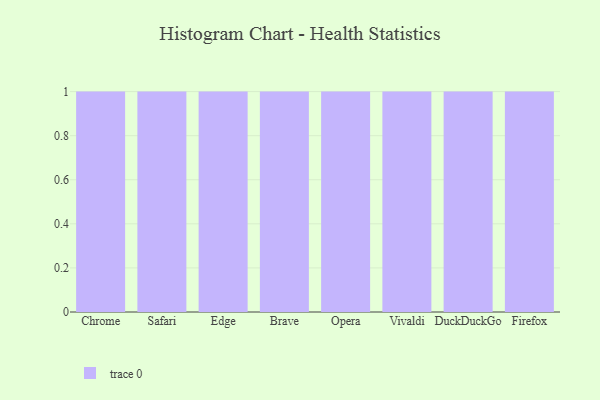
{"axis": {"x": "Browser", "y": "Demand Index"}, "legend": [""], "data": [{"x": "Chrome", "y": 4, "type": ""}, {"x": "Safari", "y": 19, "type": ""}, {"x": "Edge", "y": 84, "type": ""}, {"x": "Brave", "y": 95, "type": ""}, {"x": "Opera", "y": 51, "type": ""}, {"x": "Vivaldi", "y": 43, "type": ""}, {"x": "DuckDuckGo", "y": 50, "type": ""}, {"x": "Firefox", "y": 48, "type": ""}]}